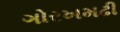
ગોરખમઢી